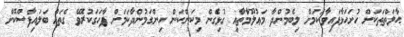
ޙާލަތްތަކަށް ހުށަހަޅާފައިވާކަމަށް ލިބެމުންދާ މަޢުލޫމާތާއި ގުޅިގެން މިކަންކަން ހިންގަމުންދާކަމަށް ފާހަގަކުރެވޭ ގެތައް ބަލައިފާސްކޮށް